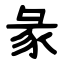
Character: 彖